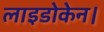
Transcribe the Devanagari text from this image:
लाइडोकेन।